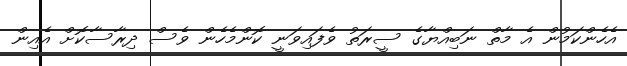
އެހެންކަމުން އެ މާތް ނަބިއްޔާގެ ސީރަތު ވެފައިވަނީ ކޮންމެހެން ވެސް ދިރާސާކޮށް އެއިން